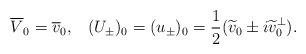
LaTeX: \begin{align*} \overline{V}_0 = \overline{v}_0, \;\;\; (U_\pm)_0 = (u_\pm)_0 = \frac{1}{2}(\widetilde{v}_0\pm i\widetilde{v}_0^\perp).\end{align*}